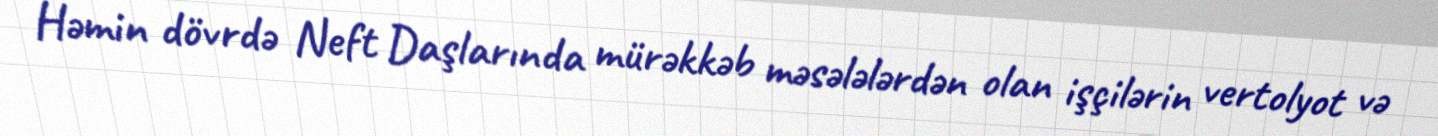
Həmin dövrdə Neft Daşlarında mürəkkəb məsələlərdən olan işçilərin vertolyot və